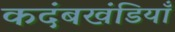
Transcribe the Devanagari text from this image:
कदंबखंडियाँ